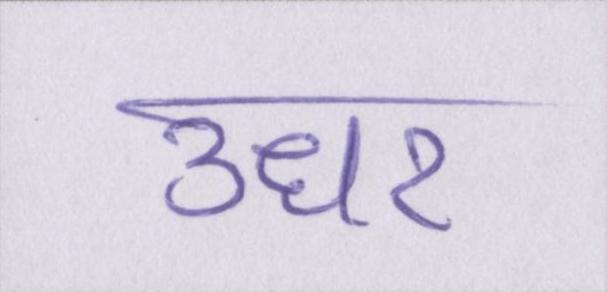
उधर